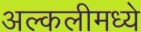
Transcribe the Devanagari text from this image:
अल्कलीमध्ये